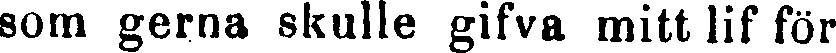
som gerna skulle gifva mitt lif för